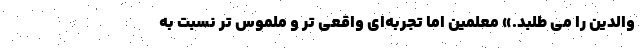
والدین را می طلبد.» معلمین اما تجربه‌ای واقعی تر و ملموس تر نسبت به